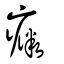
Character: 癓